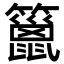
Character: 䉭